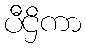
ပီဌိကာ